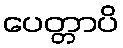
ပေတ္တာပိ